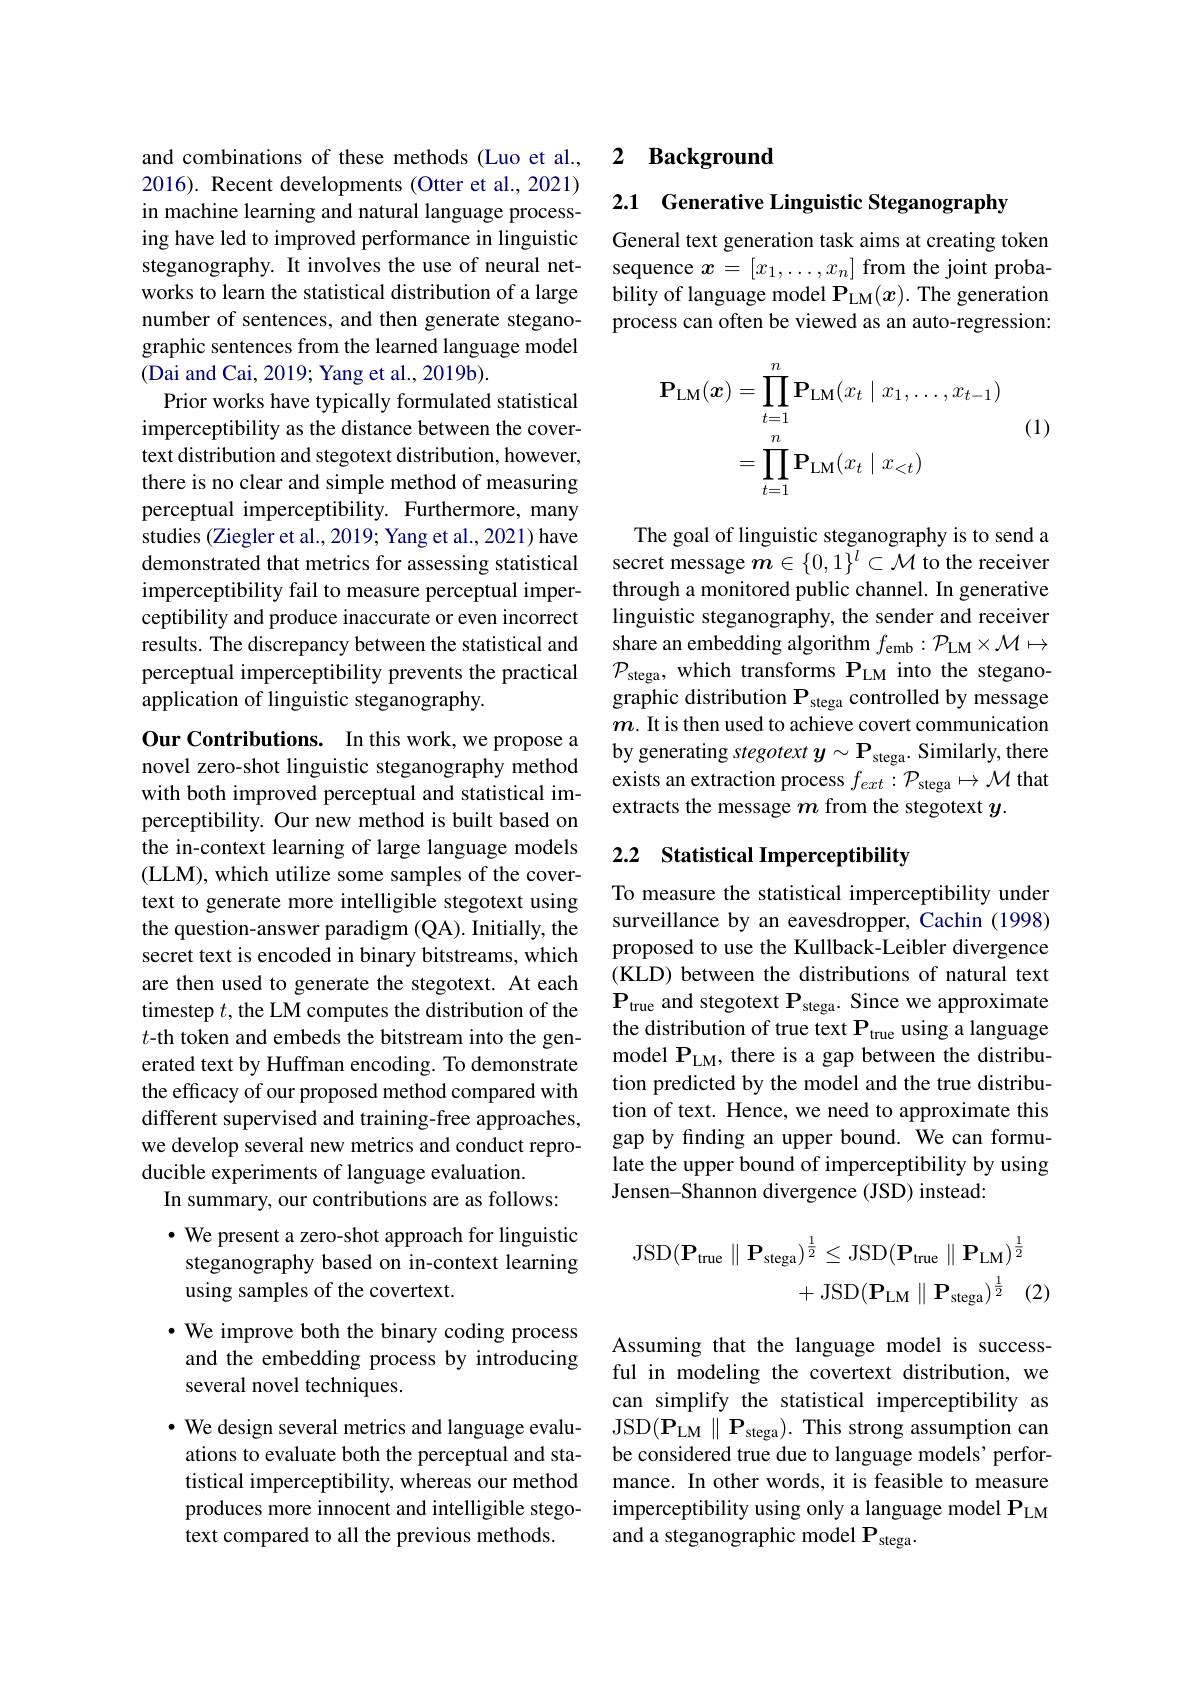
and combinations of these methods (Luo et al., 2016). Recent developments (Otter et al., 2021) in machine learning and natural language processing have led to improved performance in linguistic steganography. It involves the use of neural networks to learn the statistical distribution of a large number of sentences, and then generate steganographic sentences from the learned language model (Dai and Cai, 2019; Yang et al., 2019b).
Prior works have typically formulated statistical imperceptibility as the distance between the covertext distribution and stegotext distribution, however, there is no clear and simple method of measuring perceptual imperceptibility. Furthermore, many studies (Ziegler et al., 2019; Yang et al., 2021) have demonstrated that metrics for assessing statistical imperceptibility fail to measure perceptual imperceptibility and produce inaccurate or even incorrect results. The discrepancy between the statistical and perceptual imperceptibility prevents the practical application of linguistic steganography.

Our Contributions. In this work, we propose a novel zero-shot linguistic steganography method with both improved perceptual and statistical imperceptibility. Our new method is built based on the in-context learning of large language models (LLM), which utilize some samples of the covertext to generate more intelligible stegotext using the question-answer paradigm (QA). Initially, the secret text is encoded in binary bitstreams, which are then used to generate the stegotext. At each timestep $t$, the LM computes the distribution of the $t$-th token and embeds the bitstream into the generated text by Huffman encoding. To demonstrate the efficacy of our proposed method compared with different supervised and training-free approaches, we develop several new metrics and conduct reproducible experiments of language evaluation.
In summary, our contributions are as follows:

# $\bullet$ We present a zero-shot approach for linguistic steganography based on in-context learning using samples of the covertext.

# $\bullet$ We improve both the binary coding process and the embedding process by introducing several novel techniques.

$\cdot$ We design several metrics and language evaluations to evaluate both the perceptual and statistical imperceptibility, whereas our method produces more innocent and intelligible stegotext compared to all the previous methods

### 2 Background

2.1 Generative Linguistic Steganography

General text generation task aims at creating token sequence $x=[x_1,\ldots,x_n]$ from the joint probability of language model P$_{\mathrm{LM}}(x).$ The generation process can often be viewed as an auto-regression:
$$\begin{aligned}\mathbf{P}_{\mathrm{LM}}(\boldsymbol{x})&=\prod_{t=1}^n\mathbf{P}_{\mathrm{LM}}(x_t\mid x_1,\ldots,x_{t-1})\\&=\prod_{t=1}^n\mathbf{P}_{\mathrm{LM}}(x_t\mid x_{<t})\end{aligned}$$
(1)

The goal of linguistic steganography is to send a secret message $\boldsymbol{m}\in\{0,1\}^l\subset\mathcal{M}$ to the receiver through a monitored public channel. In generative linguistic steganography, the sender and receiver share an embedding algorithm $f_\mathrm{emb}: \mathcal{P} _\mathrm{LM}\times \mathcal{M} \mapsto$ $\mathcal{P}_{\mathrm{stega}}$, which transforms $\mathbf{P}_\mathrm{LM}$ into the steganographic distribution $\mathbf{P}_{\mathrm{stega}}$ controlled by message $m.$ It is then used to achieve covert communication by generating stegotext $y\sim\mathbf{P}_{\mathrm{stega}}.$ Similarly, there exists an extraction process $f_{ext}: \mathcal{P} _{\mathrm{stega}}\mapsto \mathcal{M}$ that extracts the message $m$ from the stegotext $y.$

# 2.2 Statistical Imperceptibility

To measure the statistical imperceptibility under surveillance by an eavesdropper, Cachin (1998) proposed to use the Kullback-Leibler divergence (KLD) between the distributions of natural text $\mathbf{P}_{\mathrm{true~and~stegotext~P}_{\mathrm{stega}}.~Since~we~approximate}$ the distribution of true text $\mathbf{P}_\mathrm{true}$ using a language model $\mathbf{P}_\mathrm{LM}$,there is a gap between the distribution predicted by the model and the true distribution of text. Hence, we need to approximate this gap by finding an upper bound. We can formulate the upper bound of imperceptibility by using Jensen-Shannon divergence (JSD) instead:
$$\begin{aligned}\mathrm{JSD}(\mathbf{P}_{\mathrm{true}}\parallel\mathbf{P}_{\mathrm{stega}})^{\frac{1}{2}}&\leq\mathrm{JSD}(\mathbf{P}_{\mathrm{true}}\parallel\mathbf{P}_{\mathrm{LM}})^{\frac{1}{2}}\\&+\mathrm{JSD}(\mathbf{P}_{\mathrm{LM}}\parallel\mathbf{P}_{\mathrm{stega}})^{\frac{1}{2}}\quad(2\end{aligned}$$
Assuming that the language model is successful in modeling the covertext distribution, we can simplify the statistical imperceptibility as JSD$(\mathbf{P}_{\mathrm{LM}}\parallel\mathbf{P}_{\mathrm{stega}}).$This strong assumption can be considered true due to language models' performance. In other words, it is feasible to measure imperceptibility using only a language model P LM and a steganographic model $\mathbf{P}_{\mathrm{stega}}.$